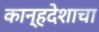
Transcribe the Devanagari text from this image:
कान्हदेशाचा